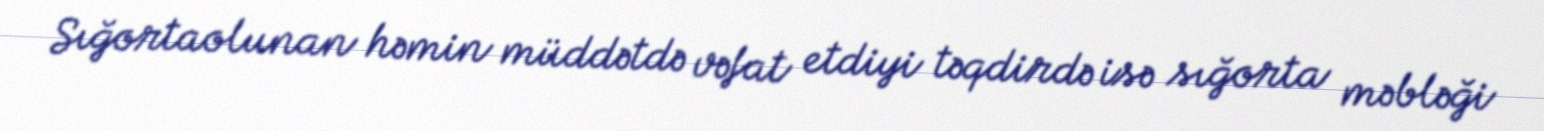
Sığortaolunan həmin müddətdə vəfat etdiyi təqdirdə isə sığorta məbləği